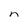
Character: n